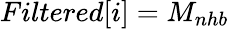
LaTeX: Filtered[i]=M_{nhb}